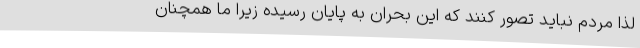
لذا مردم نباید تصور کنند که این بحران به پایان رسیده زیرا ما همچنان